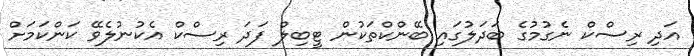
އަދި ރިސްކް ނެގުމުގެ ބަދަލުގައި ބޭންކްތަކުން ޓީބިލް ފަދަ ރިސްކް އެކުނުލެވޭ ކަންކަމަށް